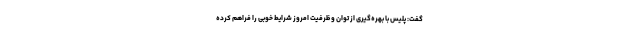
گفت: پلیس با بهره‌گیری از توان و ظرفیت امروز شرایط خوبی را فراهم کرده